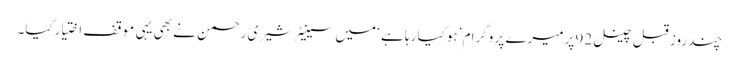
چند روز قبل چینل 92 پرمیرے پر وگرا م ’ہوکیا رہا ہے ‘ میں سینیٹرشیری رحمن نے بھی یہی موقف اختیارکیا۔